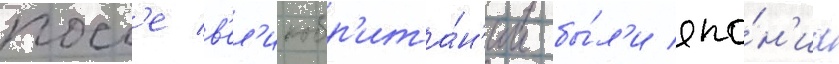
посл'е в'ел'икобр'ита́н'ии бы́л'и япо́н'иа